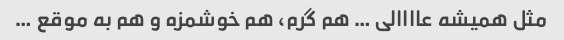
مثل همیشه عاااالی … هم گرم، هم خوشمزه و هم به موقع …